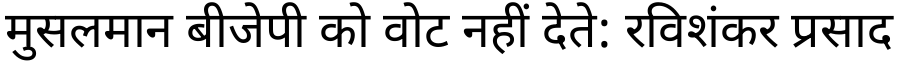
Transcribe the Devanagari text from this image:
मुसलमान बीजेपी को वोट नहीं देते: रविशंकर प्रसाद